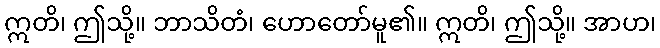
ဣတိ၊ ဤသို့။ ဘာသိတံ၊ ဟောတော်မူ၏။ ဣတိ၊ ဤသို့။ အာဟ၊